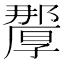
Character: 𭆗